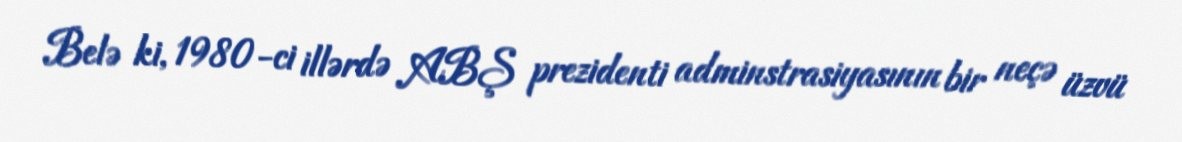
Belə ki, 1980-ci illərdə ABŞ prezidenti adminstrasiyasının bir neçə üzvü